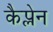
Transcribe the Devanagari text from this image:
कैप्लेन